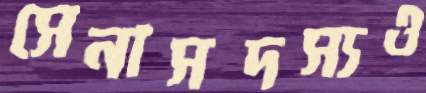
সেনাসদস্যও